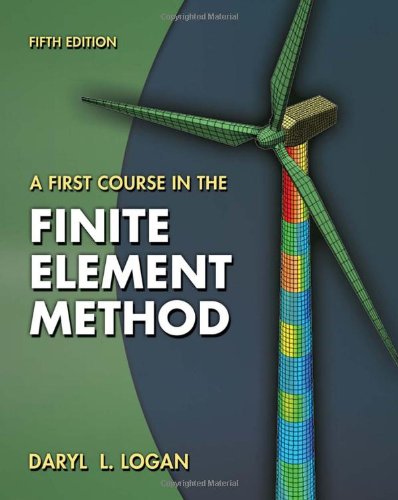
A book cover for A First Course in the Finite Element Method; Daryl L. Logan; Science & Math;